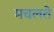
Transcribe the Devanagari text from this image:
मचलते